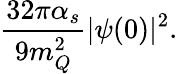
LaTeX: \frac{32\pi\alpha_{s}}{9m_{Q}^{2}}|\psi(0)|^{2}.